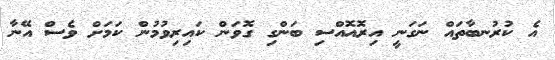
އެ ކުރުނބާތައް ނަގަނީ އިރޮއޮއްސި ބަންގި ގޮވަން ކައިރިވުމުން ކަމަށް ވެސް އޭނާ